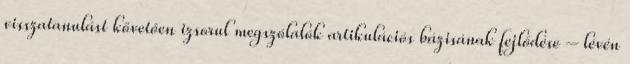
visszatanulást követően izsorul megszólalók artikulációs bázisának fejlődése – lévén